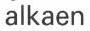
alkaen